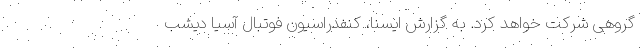
گروهی شرکت خواهد کرد. به گزارش ایسنا، کنفدراسیون فوتبال آسیا دیشب